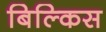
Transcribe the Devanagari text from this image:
बिल्किस